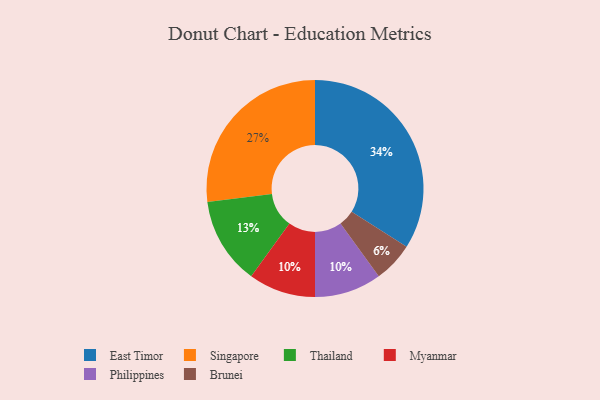
{"axis": {"x": "Category", "y": "Percentage"}, "legend": ["Brunei", "East Timor", "Myanmar", "Philippines", "Singapore", "Thailand"], "data": [{"x": "Brunei", "y": 6, "type": "Brunei"}, {"x": "East Timor", "y": 34, "type": "East Timor"}, {"x": "Singapore", "y": 27, "type": "Singapore"}, {"x": "Thailand", "y": 13, "type": "Thailand"}, {"x": "Myanmar", "y": 10, "type": "Myanmar"}, {"x": "Philippines", "y": 10, "type": "Philippines"}]}